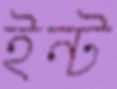
ইন্ট